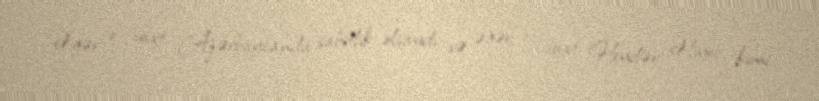
Əgər o vaxt Azərbaycanda sabitlik olsaydı və əgər o vaxt Heydər Əliyev kimi